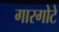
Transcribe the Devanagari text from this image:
गारगोटे